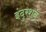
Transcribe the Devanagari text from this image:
इंदुरशन